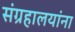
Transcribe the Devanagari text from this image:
संग्रहालयांना